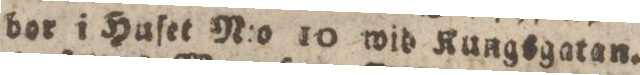
bor i Huſet N:o 10 wid Kungsgatan.